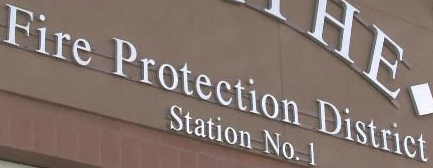
Fire Protection District